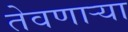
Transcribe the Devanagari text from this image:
तेवणाऱ्या